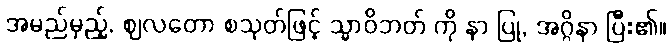
အမည်မှည့်, ဈလတော စသုတ်ဖြင့် သ္မာဝိဘတ် ကို နာ ပြု, အဂ္ဂိနာ ပြီး၏။